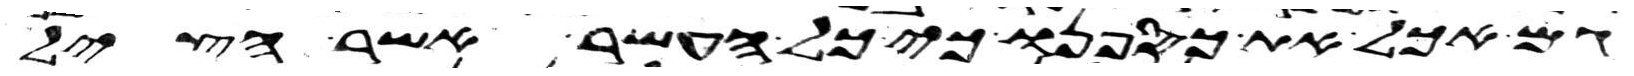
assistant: גם אכל את כספנו כי כל העשר אשר הציל